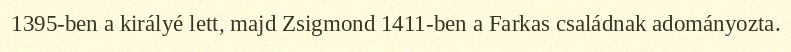
1395-ben a királyé lett, majd Zsigmond 1411-ben a Farkas családnak adományozta.